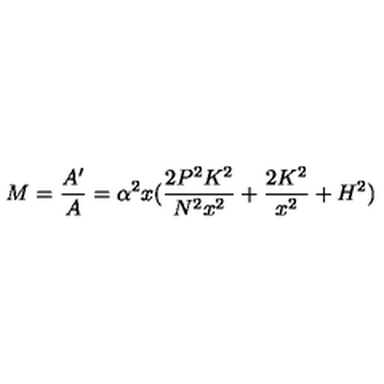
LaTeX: M = { \frac { A ^ { \prime } } { A } } = \alpha ^ { 2 } x ( { \frac { 2 P ^ { 2 } K ^ { 2 } } { N ^ { 2 } x ^ { 2 } } } + { \frac { 2 K ^ { 2 } } { x ^ { 2 } } } + H ^ { 2 } )